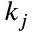
k _ { j }